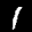
Label: 1